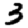
Digit: 3